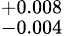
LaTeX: ^{+0.008}_{-0.004}